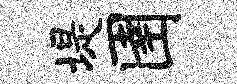
堤圉